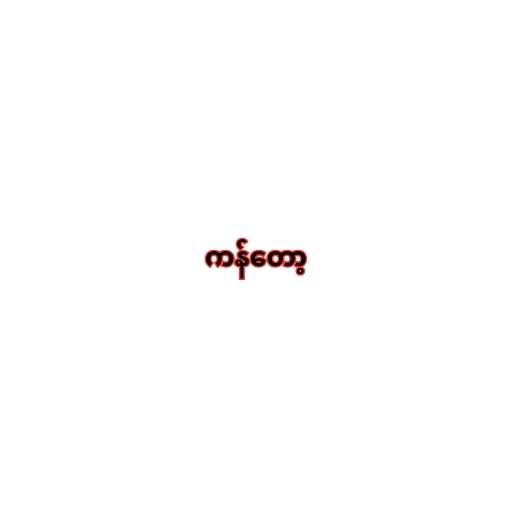
ကန်တော့